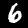
Label: 6